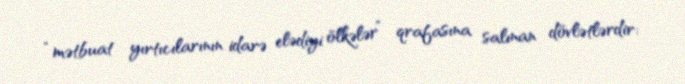
“mətbuat yırtıcılarının idarə elədiyi ölkələr” qrafasına salınan dövlətlərdir: